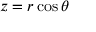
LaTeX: z = r \cos \theta